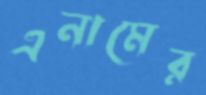
এনামের